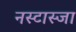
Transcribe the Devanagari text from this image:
नस्टास्जा